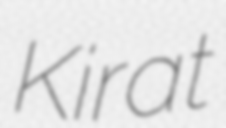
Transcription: Kirat